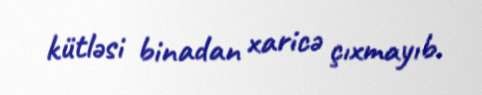
kütləsi binadan xaricə çıxmayıb.